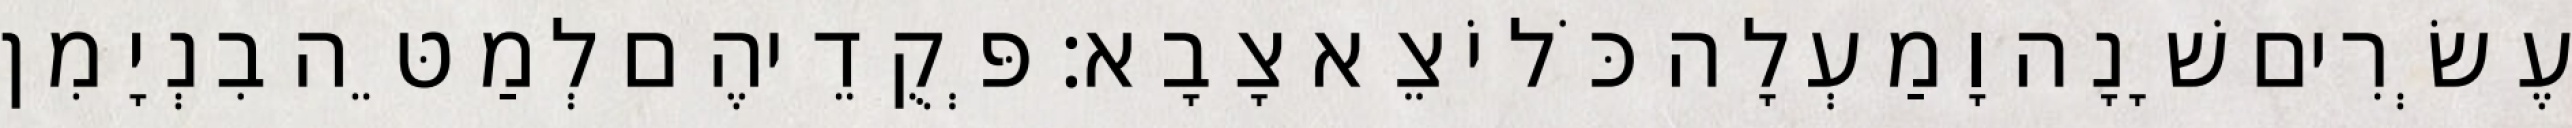
עֶשְׂרִים שָׁנָה וָמַעְלָה כֹּל יֹצֵא צָבָא׃ פְּקֻדֵיהֶם לְמַטֵּה בִנְיָמִן